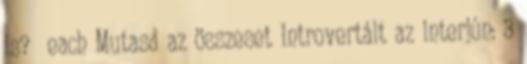
is? each Mutasd az összeset Introvertált az interjún: 3